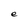
Character: e